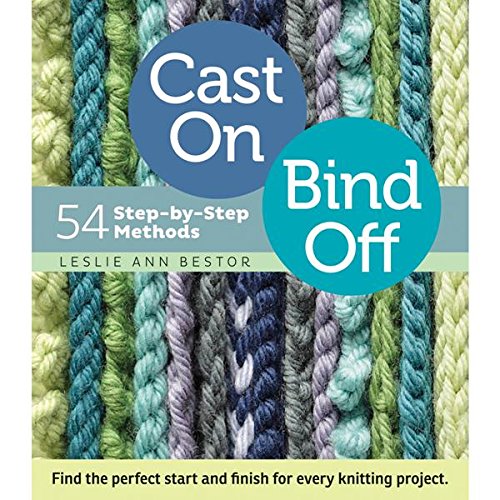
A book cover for Cast On, Bind Off: 54 Step-by-Step Methods; Find the perfect start and finish for every knitting project; Leslie Ann Bestor; Crafts, Hobbies & Home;